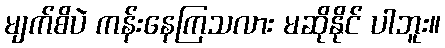
မျက်စိပဲ ကန်းနေကြသလား မဆိုနိုင် ပါဘူး။